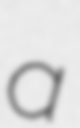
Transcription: a